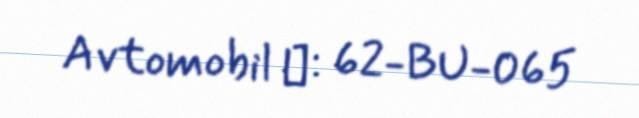
Avtomobil №: 62-BU-065